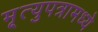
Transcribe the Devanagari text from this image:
मृ्त्युपत्रामध्ये